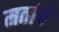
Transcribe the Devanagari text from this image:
मतांचें